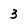
Character: 3